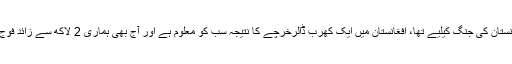
ایک پروگرام میں اظہار خیال کرتے ہوئے ڈی جی آئی ایس پی آر کا کہنا تھا کہ کو لیشن سپورٹ فنڈ افغانستان کی جنگ کیلیے تھا، افغانستان میں ایک کھرب ڈالرخرچے کا نتیجہ سب کو معلوم ہے اور آج بھی ہماری 2 لاکھ سے زائد فوج سرحد پر موجود ہے، پاکستان اور امریکا ایک دوسرے کے اتحادی ہیں اور ہمیں مل کر آگے بڑھنا ہے۔